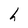
Character: h